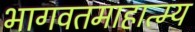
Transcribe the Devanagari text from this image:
भागवतमाहात्म्य